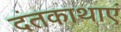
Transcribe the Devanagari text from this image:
दंतकाथाएं